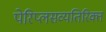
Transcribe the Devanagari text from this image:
पेरिप्लसव्यतिरिक्त